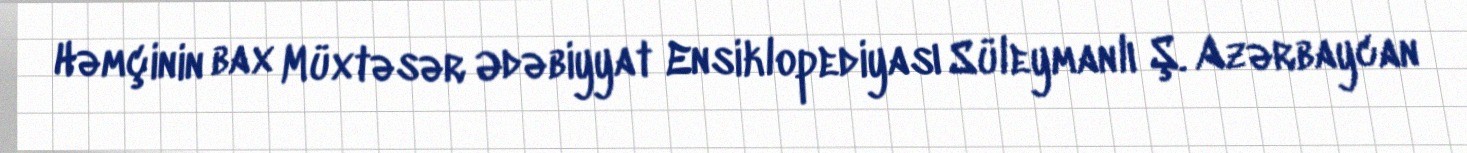
Həmçinin bax Müxtəsər Ədəbiyyat Ensiklopediyası Süleymanlı Ş. Azərbaycan